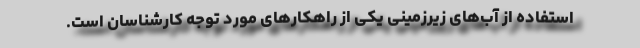
استفاده از آب‌های زیرزمینی یکی از راهکارهای مورد توجه کارشناسان است.